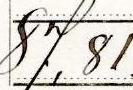
16,00